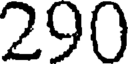
290